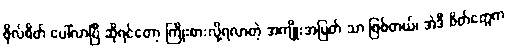
ဖိုလ်စိတ် ပေါ်လာပြီ ဆိုရင်တော့ ကြိုးစားလို့ရလာတဲ့ အကျိုးအမြတ် သာ ဖြစ်တယ်၊ အဲဒီ စိတ်တွေက